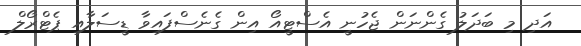
އަދި މި ބަދަލު ގެންނަން ޖެހުނީ އެސްޓީއޯ އިން ގެނެސްފައިވާ ޑީސަލާއި ޕެޓްރޯލް